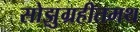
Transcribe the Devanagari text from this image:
सोझुग्रहीतमथ